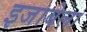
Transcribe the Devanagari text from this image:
इजाबेला